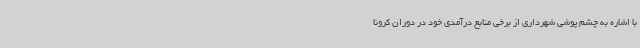
با اشاره به چشم پوشی شهرداری از برخی منابع درآمدی خود در دوران کرونا